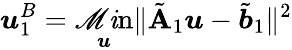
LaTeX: \boldsymbol{u}_{1}^{B}=\operatorname*{\mathscr{M}\mathit{i}n}_{\boldsymbol{u}}\| \tilde{{\mathbf{{A}}}}_{1}\boldsymbol{u}-\tilde{{\boldsymbol{b}}}_{1}\| ^{2}